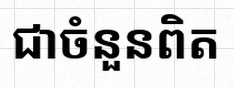
សន្មតថា x ជាចំនួនពិត